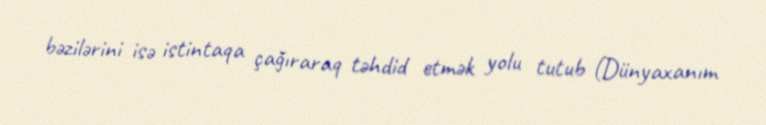
bəzilərini isə istintaqa çağıraraq təhdid etmək yolu tutub (Dünyaxanım